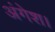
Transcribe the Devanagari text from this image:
अंगेश।